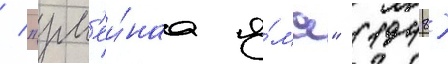
/ "зм'еи́наа я́ма" (1948)